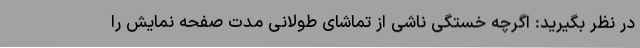
در نظر بگیرید: اگرچه خستگی ناشی از تماشای طولانی مدت صفحه نمایش را